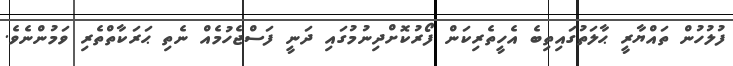
ފުލުހުން ތައްޔާރީ ޙާލަތުގައިތިބެ އެހީތެރިކަން ފޯރުކޮށްދިނުމުގައި ދަނީ ފަސްޖެހުމެއް ނެތި ޙަރަކާތްތެރި ވަމުންނެވެ.